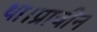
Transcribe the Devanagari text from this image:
था।प्राचीन